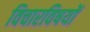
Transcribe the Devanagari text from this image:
विचारविषयों